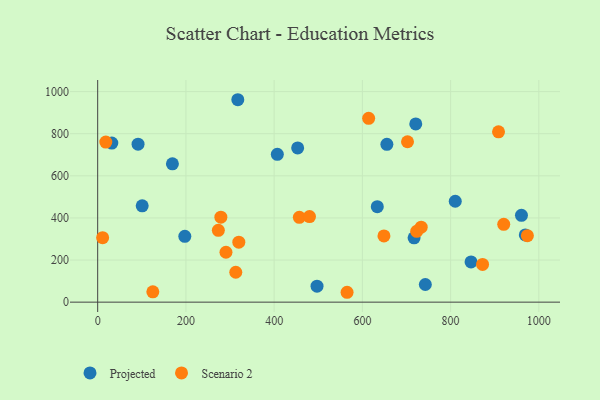
{"axis": {"x": "Engine Size", "y": "Rating"}, "legend": ["Projected", "Scenario 2"], "data": [{"x": "91.5", "y": 750.1, "type": "Projected"}, {"x": "742.7", "y": 83.8, "type": "Projected"}, {"x": "453.3", "y": 732.7, "type": "Projected"}, {"x": "100.9", "y": 457.3, "type": "Projected"}, {"x": "169.4", "y": 656.9, "type": "Projected"}, {"x": "810.5", "y": 479.2, "type": "Projected"}, {"x": "655.5", "y": 749.8, "type": "Projected"}, {"x": "960.6", "y": 412.4, "type": "Projected"}, {"x": "717.2", "y": 305.6, "type": "Projected"}, {"x": "497.2", "y": 76.1, "type": "Projected"}, {"x": "32.0", "y": 755.4, "type": "Projected"}, {"x": "407.2", "y": 702.2, "type": "Projected"}, {"x": "846.3", "y": 190.9, "type": "Projected"}, {"x": "633.8", "y": 453.5, "type": "Projected"}, {"x": "317.6", "y": 961.4, "type": "Projected"}, {"x": "969.3", "y": 319.1, "type": "Projected"}, {"x": "197.5", "y": 312.6, "type": "Projected"}, {"x": "721.0", "y": 846.6, "type": "Projected"}, {"x": "565.3", "y": 46.9, "type": "Scenario 2"}, {"x": "702.3", "y": 761.7, "type": "Scenario 2"}, {"x": "18.4", "y": 760.2, "type": "Scenario 2"}, {"x": "974.0", "y": 315.5, "type": "Scenario 2"}, {"x": "614.2", "y": 872.9, "type": "Scenario 2"}, {"x": "319.9", "y": 284.7, "type": "Scenario 2"}, {"x": "457.1", "y": 402.9, "type": "Scenario 2"}, {"x": "872.4", "y": 179.0, "type": "Scenario 2"}, {"x": "273.5", "y": 340.9, "type": "Scenario 2"}, {"x": "313.0", "y": 141.9, "type": "Scenario 2"}, {"x": "125.0", "y": 49.1, "type": "Scenario 2"}, {"x": "920.4", "y": 369.5, "type": "Scenario 2"}, {"x": "733.3", "y": 356.0, "type": "Scenario 2"}, {"x": "290.8", "y": 237.1, "type": "Scenario 2"}, {"x": "908.6", "y": 809.0, "type": "Scenario 2"}, {"x": "279.2", "y": 403.5, "type": "Scenario 2"}, {"x": "648.9", "y": 314.7, "type": "Scenario 2"}, {"x": "480.1", "y": 406.6, "type": "Scenario 2"}, {"x": "11.2", "y": 306.1, "type": "Scenario 2"}, {"x": "723.1", "y": 336.2, "type": "Scenario 2"}]}